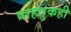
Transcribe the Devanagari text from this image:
वाहतुकही